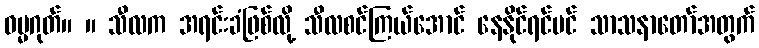
ဓမ္မဂုတ်။ ။ သီလက အရင်းခံဖြစ်လို့ သီလစင်ကြယ်အောင် နေနိုင်ရင်ပင် သာသနာတော်အတွက်